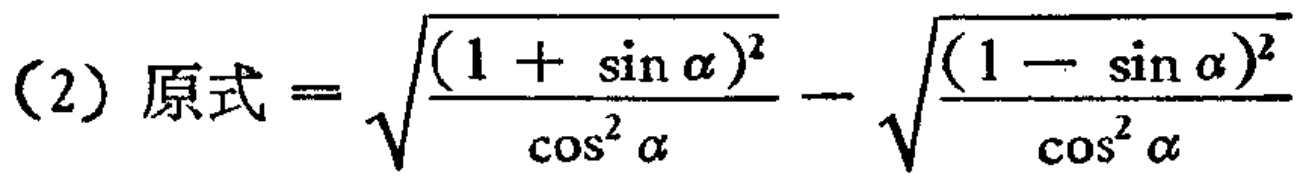
(2) 原式$=\sqrt{\frac{(1 + \sin\alpha)^2}{\cos^{2}\alpha}}-\sqrt{\frac{(1 - \sin\alpha)^2}{\cos^{2}\alpha}}$